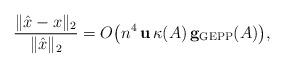
LaTeX: \begin{align*}\frac{\| \hat x - x\|_2}{\|\hat x\|_2} = O\big(n^4 \,{\bf u}\,\kappa(A)\, {\bf g_{\rm GEPP}}(A)\big),\end{align*}